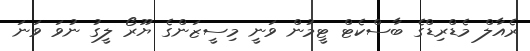
ރެއާލް މެޑްރިޑްގެ ބާސްކެޓް ޓީމުން ވަނީ މިސީޒަންގެ ޔޫރޯ ލީގު ނުވަ ވަނަ